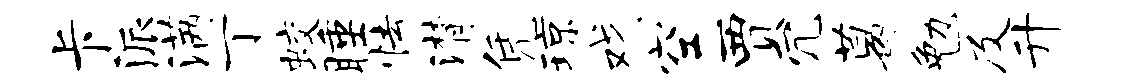
卡派满丁蛟睡怯潸凭琼戏空贾冗葛勉及升